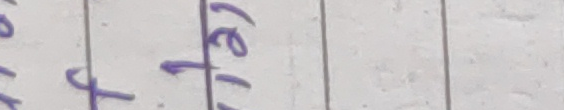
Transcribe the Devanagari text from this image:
टेवा